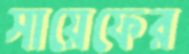
সায়েফের